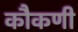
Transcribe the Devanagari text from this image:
कौकणी